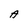
Character: A